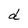
Character: d